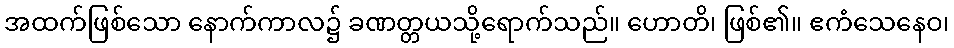
အထက်ဖြစ်သော နောက်ကာလ၌ ခဏတ္တယသို့ရောက်သည်။ ဟောတိ၊ ဖြစ်၏။ ဧကံသေနေဝ၊